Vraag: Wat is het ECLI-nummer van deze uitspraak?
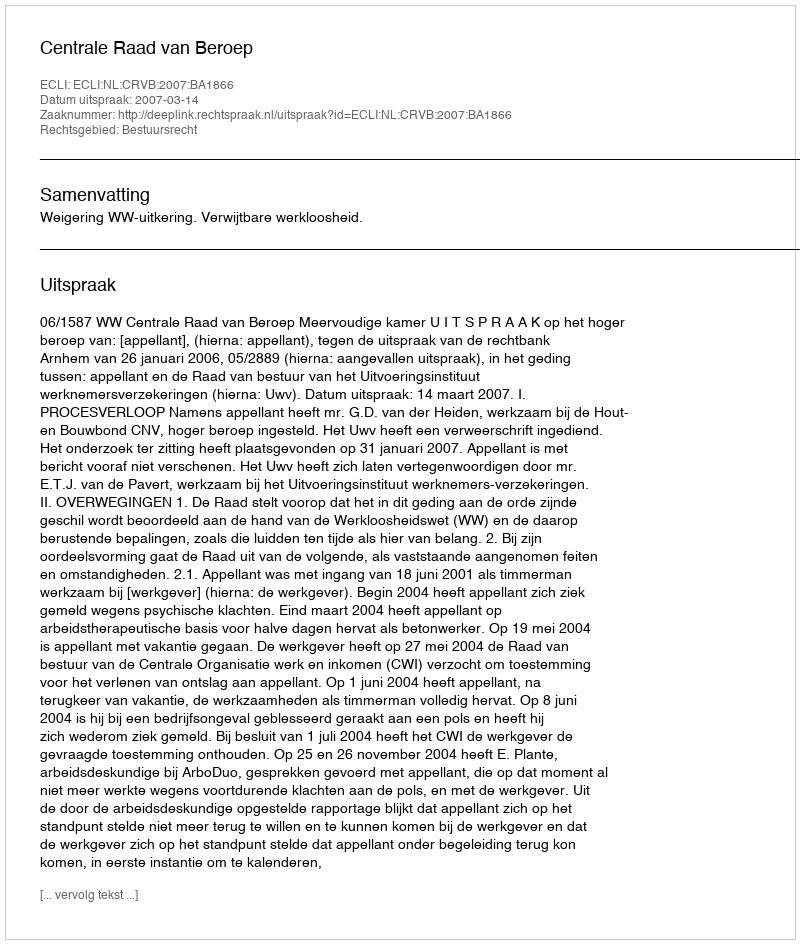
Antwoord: ECLI:NL:CRVB:2007:BA1866